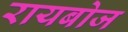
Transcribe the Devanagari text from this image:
रायबोज